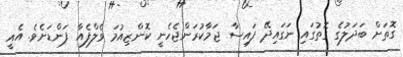
ގޮތަށް ބަދަލުގެ ގޮތުގައި ނަގައިދޭ ފައިސާ ޖަމާކުރަންޖެހެނީ ކޮންޒިއުމަ ވެލްފެއާ ފަންޑަށެވެ. އެއީ